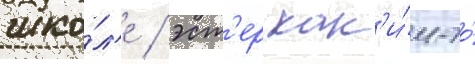
шко́л'е / эст'ер как'и́м-то́